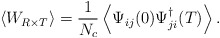
\begin{align*}\left<W_{R\times T}\right>=\frac{1}{N_c}\left<\Psi_{ij}(0)\Psi_{ji}^\dagger(T)\right>.\end{align*}